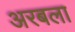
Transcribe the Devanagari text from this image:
अरबला